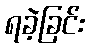
ရခဲ့ခြင်း